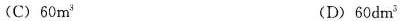
(C) 60m^{3} (D) 60dm^{3}